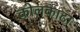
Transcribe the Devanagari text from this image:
कोलकाटा